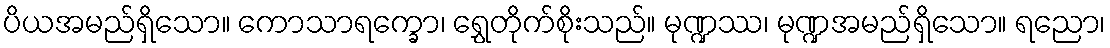
ပိယအမည်ရှိသော။ ကောသာရက္ခော၊ ရွှေတိုက်စိုးသည်။ မုဏ္ဍဿ၊ မုဏ္ဍအမည်ရှိသော။ ရညော၊